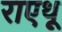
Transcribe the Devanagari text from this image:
राएथू